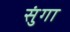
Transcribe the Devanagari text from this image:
सुंगा